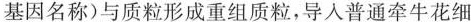
基因名称)与质粒形成重组质粒，导入普通牵牛花细